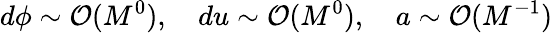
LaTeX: d\phi\sim\mathcal{O}(M^{0}),\quad du\sim\mathcal{O}(M^{0}),\quad a\sim\mathcal{O}(M^{-1})